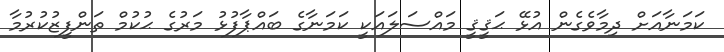
ކަމަނާއަށް ދިމާވެގެން އުޅޭ ޙަޤީޤީ މައްސަލައަކީ ކަމަނާގެ ބައްޕާފުޅު މަރުގެ ޙުކުމް ތަންފީޒުކުރުމާ